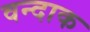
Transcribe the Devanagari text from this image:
वन्दाक